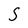
Character: S